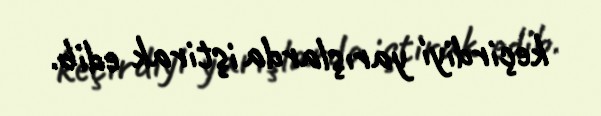
keçirdiyi yarışlarda iştirak edib.